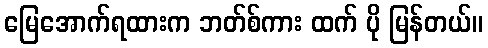
မြေအောက်ရထားက ဘတ်စ်ကား ထက် ပို မြန်တယ်။